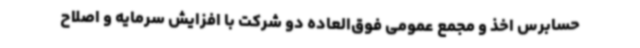
حسابرس اخذ و مجمع عمومی فوق‌العاده دو شرکت با افزایش سرمایه و اصلاح